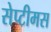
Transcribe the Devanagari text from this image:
सेप्टीमस